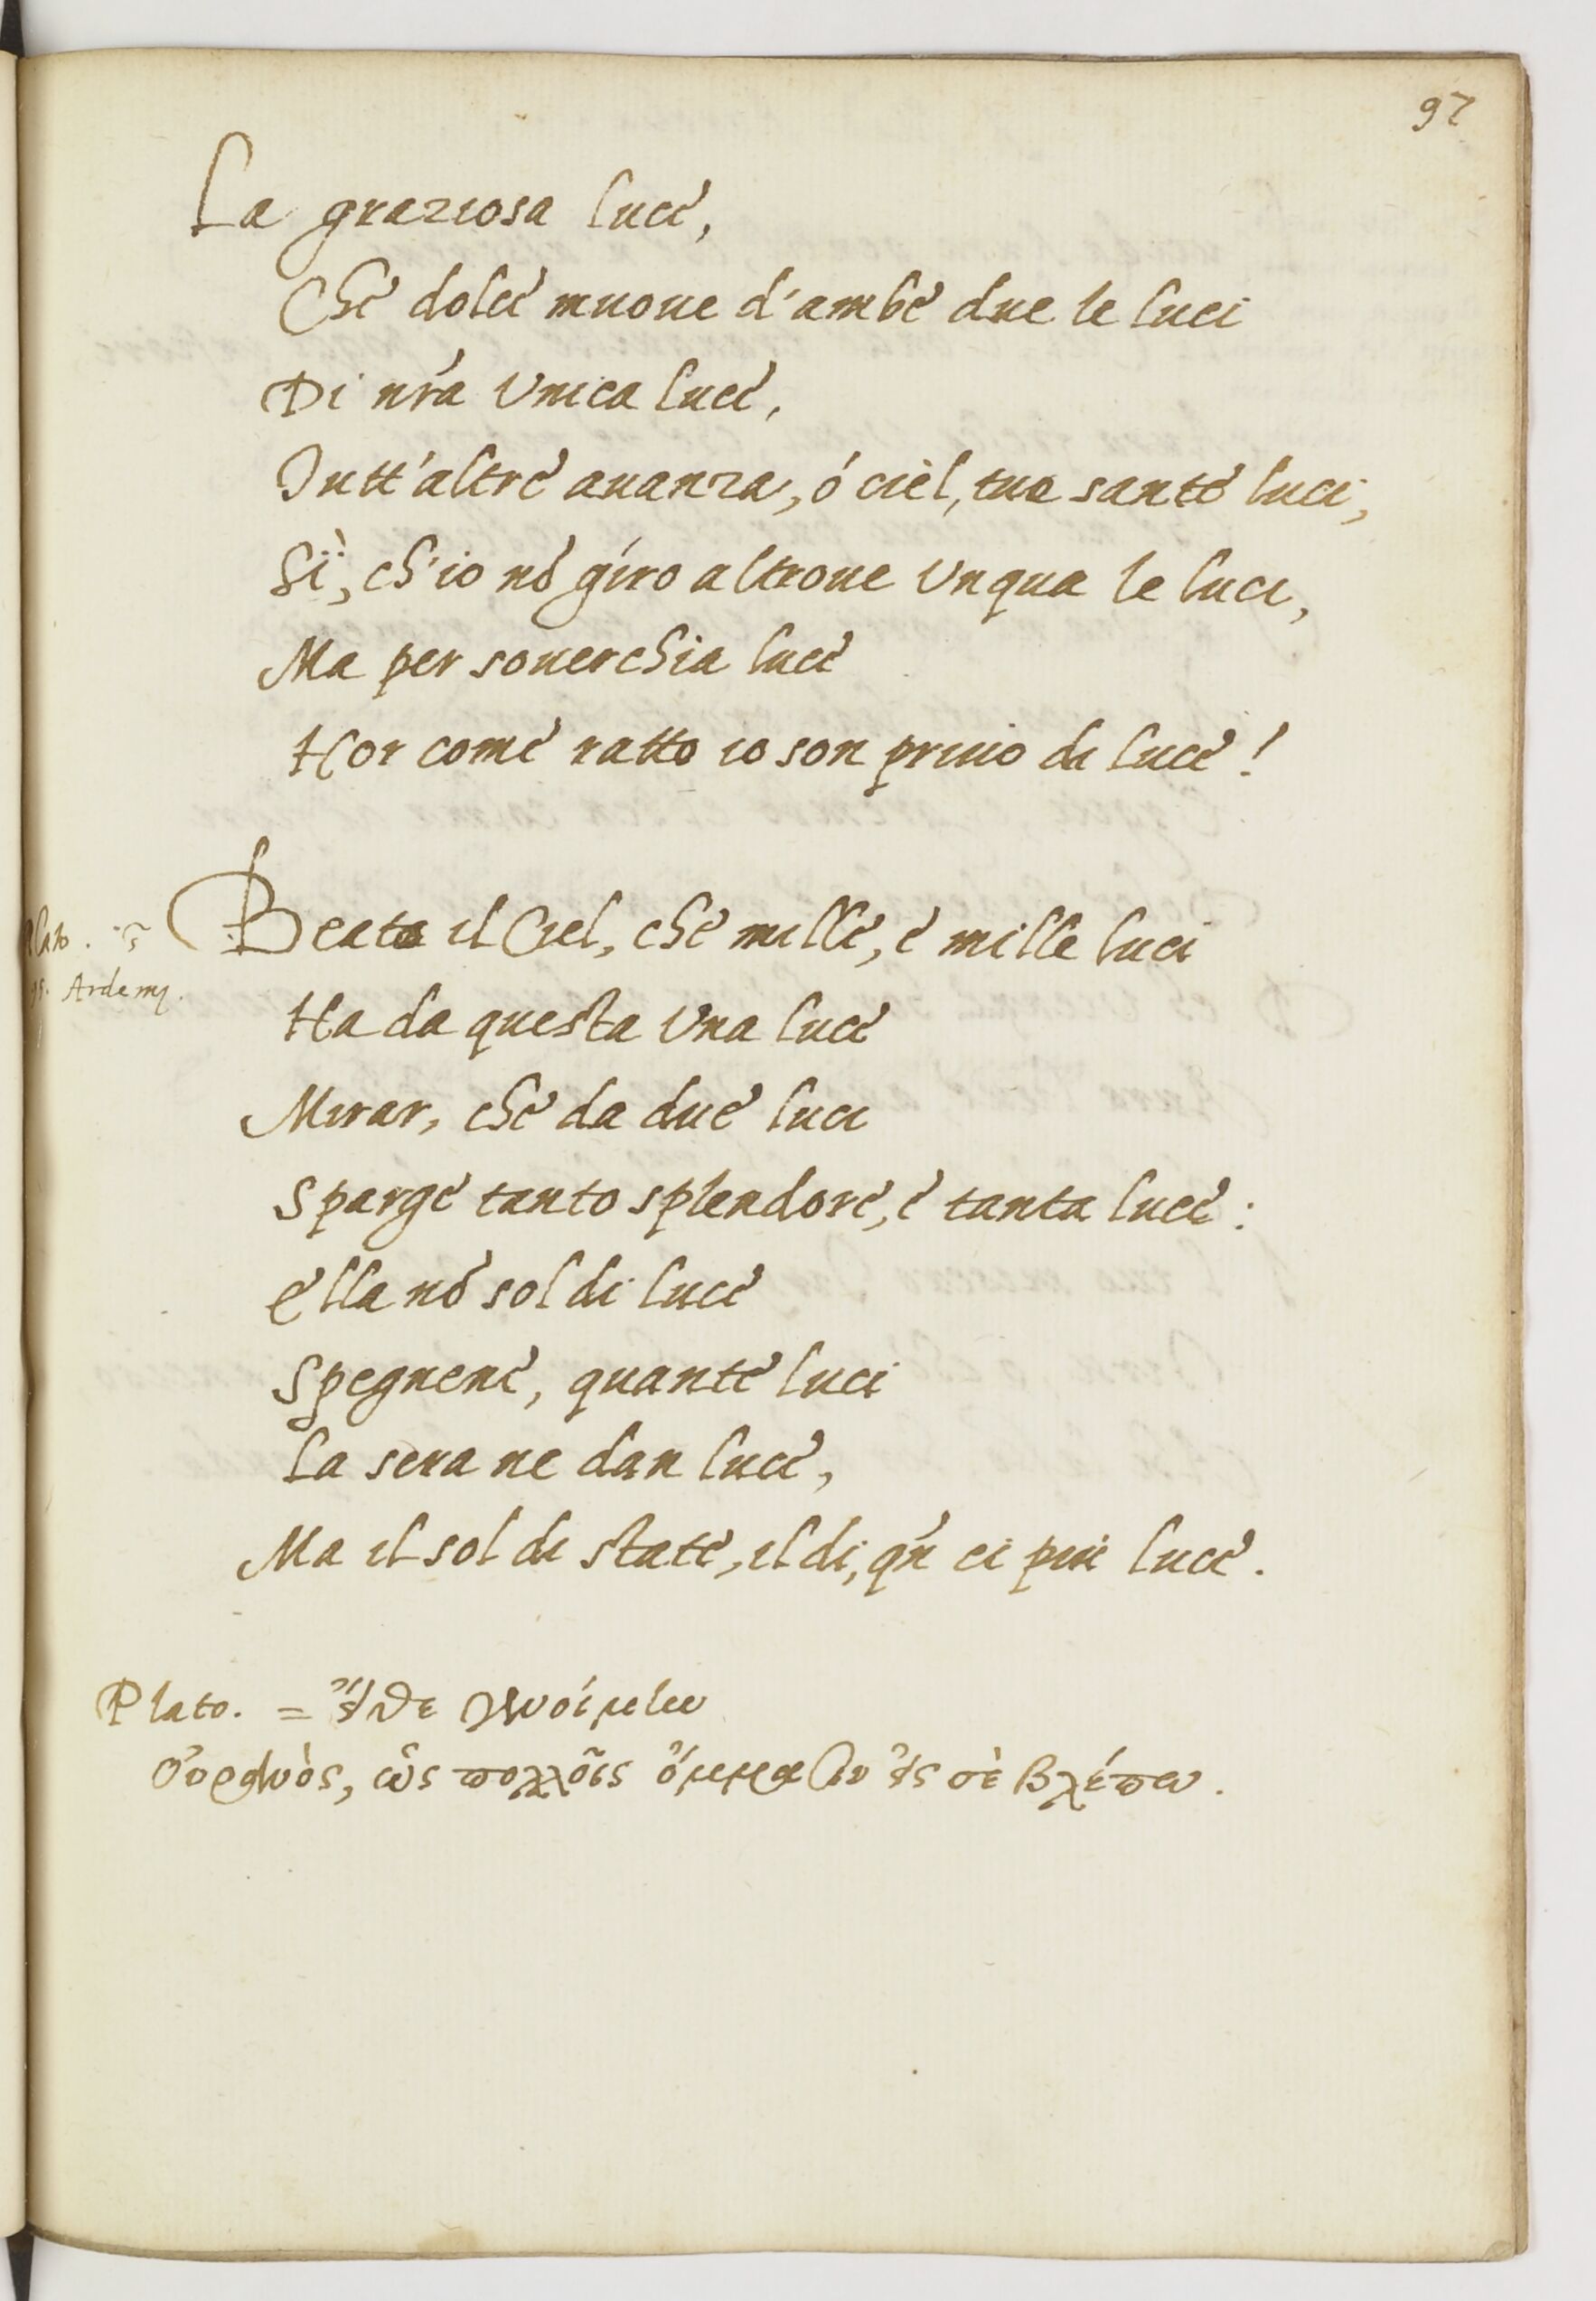
Shelfmark: Paris, BnF, ita. 1534
Century: 16